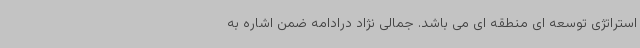
استراتژی توسعه ای منطقه ای می باشد. جمالی نژاد درادامه ضمن اشاره به